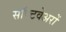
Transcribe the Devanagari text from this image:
सॉफ्टवेअरों